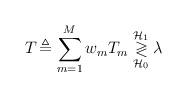
LaTeX: \begin{align*}T_{ }\triangleq\sum_{m=1}^{M} w_m T_m \overset{ \mathcal{H}_1 }{ \underset{ \mathcal{H}_0 }{\gtrless} } \lambda\end{align*}